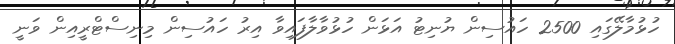
ހުޅުމާލޭގައި 2500 ހައުސިން ޔުނިޓު އަޅަން ހުޅުވާލާފައިވާ އިރު ހައުސިން މިނިސްޓްރީއިން ވަނީ